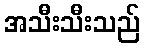
အသီးသီးသည်